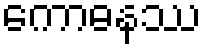
ကောဓနဿ